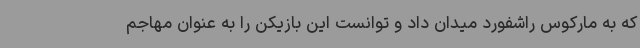
که به مارکوس راشفورد میدان داد و توانست این بازیکن را به عنوان مهاجم